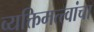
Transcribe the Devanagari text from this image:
व्यक्तिमत्त्वांचा